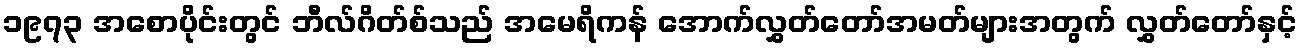
၁၉၇၃ အစောပိုင်းတွင် ဘီလ်ဂိတ်စ်သည် အမေရိကန် အောက်လွှတ်တော်အမတ်များအတွက် လွှတ်တော်နှင့်